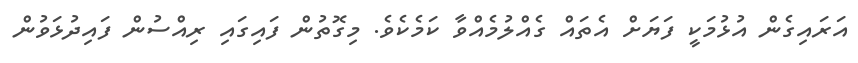
އަރައިގެން އުޅުމަކީ ފަޔަށް އެތައް ގެއްލުމެއްވާ ކަމެކެވެ. މިގޮތުން ފައިގައި ރިއްސުން ފައިދުޅަވުން